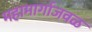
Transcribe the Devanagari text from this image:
महामार्गाजवळ